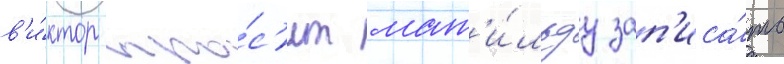
в'и́ктор про́с'ит мат'и́льду зап'иса́ть